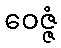
ဝေဇ္ဇံ